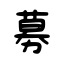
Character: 募